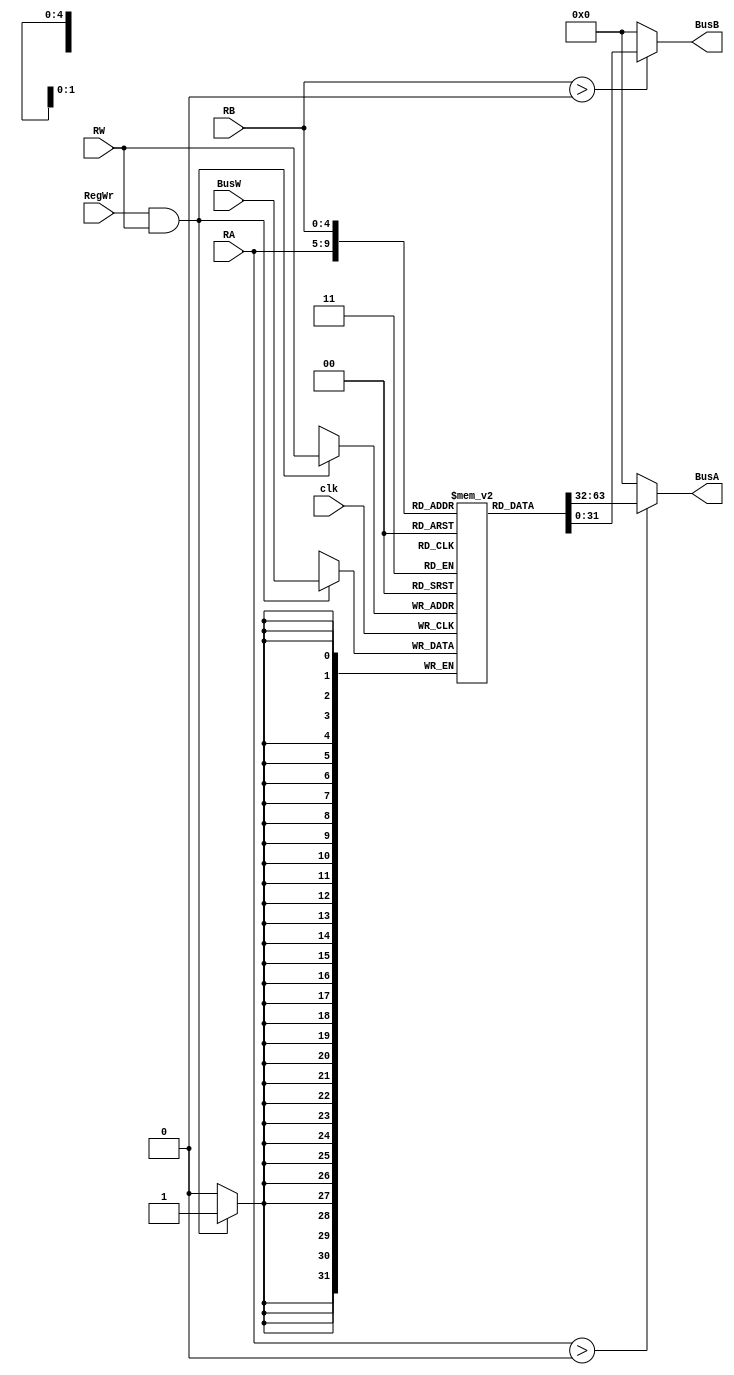
`timescale 1ns / 1ps
//////////////////////////////////////////////////////////////////////////////////
// Company: 
// Engineer: 
// 
// Design Name: 
// Module Name:    RegisterFile 
// Project Name: 
// Target Devices: 
// Tool versions: 
// Description: 
//
// Dependencies: 
//
// Revision: 
// Revision 0.01 - File Created
// Additional Comments: 
//
//////////////////////////////////////////////////////////////////////////////////
// 32x32 Register
// BusA, BusB : 32bit-wide asynchronous read ports
// RA, RB : 5bit-wide read port address
// BusW : 32bit-wide synchronous write port
// RW : 5bit-wide write port address
// RegWr : Write enable
// Clk : clock for synchronous write at negedge
module PipelinedRegisterFile(BusA, BusB, BusW, RA, RB, RW, RegWr, clk);
	/* definition input, output pins */
	output wire [31:0] BusA, BusB;
	input [31:0] BusW;
	input [4:0] RA, RB, RW;
	input RegWr, clk;
	/* 32X32 register definition */
	reg [31:0] regs [31:1];
	/* register is wired */
	//wire [31:0] r0;
	//wire [31:0] BusA, BusB;

	/* synchronous with posedge of the clock 
	to write to RegWr address */
	always @(posedge clk) begin
		/* need to be enabled by RegWr and
			R0 is not writable */
		if(RegWr && RW) begin
			/* write to register[address], 
			RW is the address */
			regs[RW] <= BusW;
		end
	end
	
	assign BusA = (RA > 0) ? regs[RA] : 32'b0;
	assign BusB = (RB > 0) ? regs[RB] : 32'b0;
/*	always @(negedge clk) begin
		if(RA > 0) BusA <= regs[RA];
		else if(RA == 0)  BusA <= 32'b0;
		if(RB > 0) BusB <= regs[RB];
		else if(RB == 0) BusB <= 32'b0;
	end
*/	
endmodule